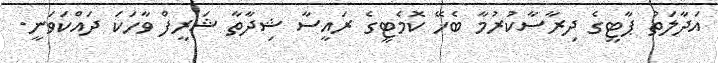
އަދާލަތު ޕާޓީގެ ދިރާސާކުރުމާ ބެހޭ ކޮމެޓީގެ ރައީސާ ޝިދާތާ ޝަރީފް ވާހަކަ ދައްކަވަނީ.